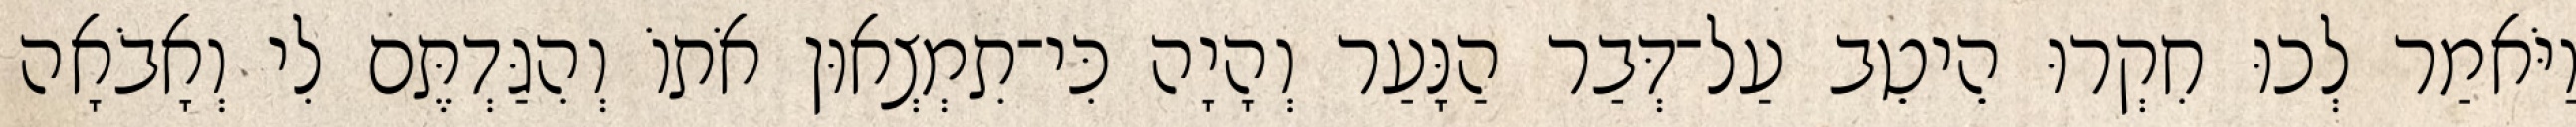
וַיֹּאמַר לְכוּ חִקְרוּ הֵיטֵב עַל־דְּבַר הַנָּעַר וְהָיָה כִּי־תִמְצְאוּן אֹתוֹ וְהִגַּדְתֶּם לִי וְאָבֹאָה